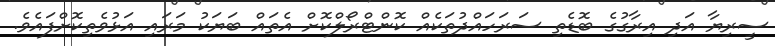
ސީރިޔާ އަދި އިރާގުގެ ބޮޑެތި ސަރަހައްދުތަކެއް ކޮންޓްރޯލްކޮށް އެތައް ބަޔަކު މަރައި އަޅުވެތިކޮށްފައެވެ.